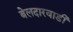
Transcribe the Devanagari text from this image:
बेलदारवाडी